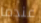
عندما